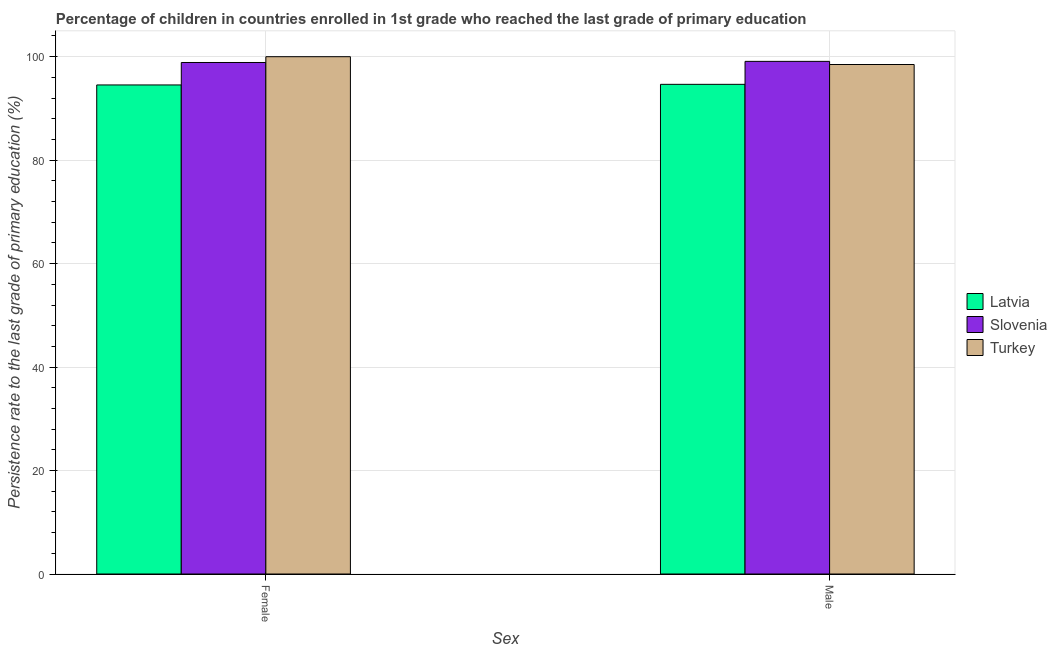
| Sex | Latvia | Slovenia | Turkey |
 | --- | --- | --- | --- |
 | Female | 94.5 | 98.9 | 100 |
 | Male | 94.7 | 99.1 | 98.5 |